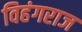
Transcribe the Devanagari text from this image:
विहंगराज